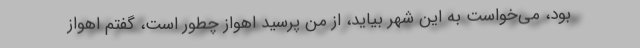
بود، می‌خواست به این شهر بیاید، از من پرسید اهواز چطور است، گفتم اهواز